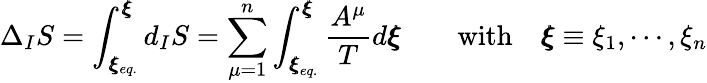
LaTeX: \Delta_{I}S=\int_{\pmb{\xi}_{eq.}}^{\pmb\xi}d_{I}S=\sum_{\mu=1}^{n}\int_{{{\pmb\xi}_{eq.}}}^{\pmb\xi}\frac{A^{\mu}}{T}d{\pmb\xi}\qquad\mathrm{with}\quad{\pmb\xi}\equiv\xi_{1},\cdots,\xi_{n}